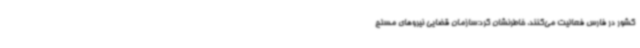
کشور در فارس فعالیت می‌کنند، خاطرنشان کرد:سازمان قضایی نیروهای مسلح